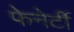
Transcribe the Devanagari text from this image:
फेनेर्टी